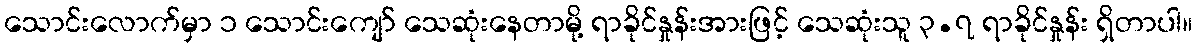
သောင်းလောက်မှာ ၁ သောင်းကျော် သေဆုံးနေတာမို့ ရာခိုင်နှုန်းအားဖြင့် သေဆုံးသူ ၃.၇ ရာခိုင်နှုန်း ရှိတာပါ။